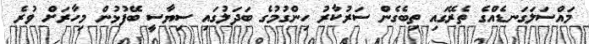
މައްސަލަގަނޑެއްގެ ތެރޭގައި ތިބެގެން ސަރުކާރު ހިންގުމުގެ ބަދަލުގައި ސިޔާސީ ބޭފުޅުން މިހާރަށް ވުރެ